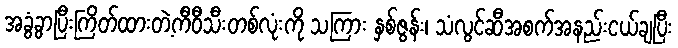
အခွံခွာပြီးကြိတ်ထားတဲ့ကီဝီသီးတစ်လုံးကို သကြား နှစ်ဇွန်း၊ သံလွင်ဆီအစက်အနည်းငယ်ချပြီး